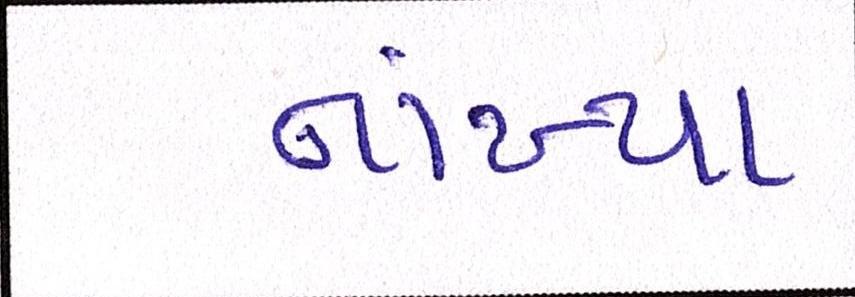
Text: નાંખ્યા